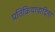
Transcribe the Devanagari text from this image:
प्रतिक्रियावादिता